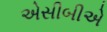
એસીબીએ